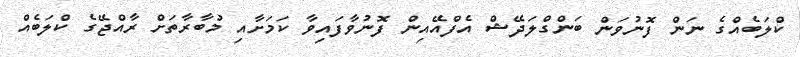
ކްލަބެއްގެ ނަން ފޮނުވަން ބަންގްލަދޭޝް އެފްއޭއިން ފޮނުވާފައިވާ ކަމަށާއި މުބާރާތަށް ރާއްޖޭގެ ކްލަބެއް